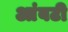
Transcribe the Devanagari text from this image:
आंबटी